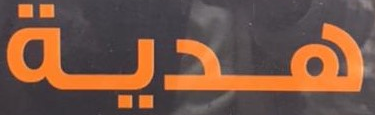
هدية